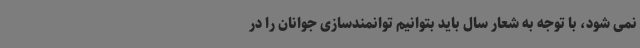
نمی شود، با توجه به شعار سال باید بتوانیم توانمندسازی جوانان را در